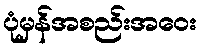
ပုံမှန်အစည်းအဝေး